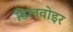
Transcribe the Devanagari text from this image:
डिलवोइर